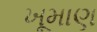
ખૂમાણ